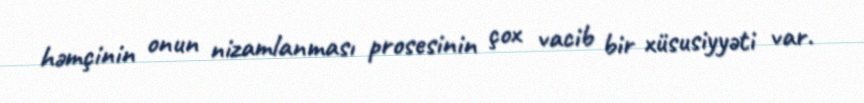
həmçinin onun nizamlanması prosesinin çox vacib bir xüsusiyyəti var.